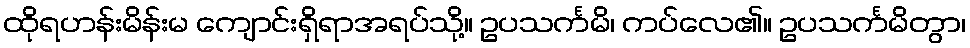
ထိုရဟန်းမိန်းမ ကျောင်းရှိရာအရပ်သို့။ ဥပသင်္ကမိ၊ ကပ်လေ၏။ ဥပသင်္ကမိတွာ၊